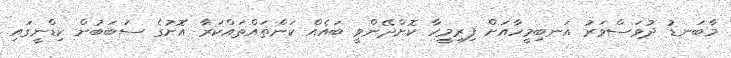
މާބަނޑު ދުވަސްވަރު އަނބިމީހާއަށް ފިރިމީހާ ކޮށްދޭންވީ ބައެއް ކަންތައްތައްކަރާ އޮށުގެ ސަބަބުން ކިޑްނީގައި